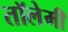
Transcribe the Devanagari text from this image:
तॉलेमी